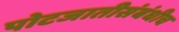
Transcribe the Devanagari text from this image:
पोटजातीसंबंधीच